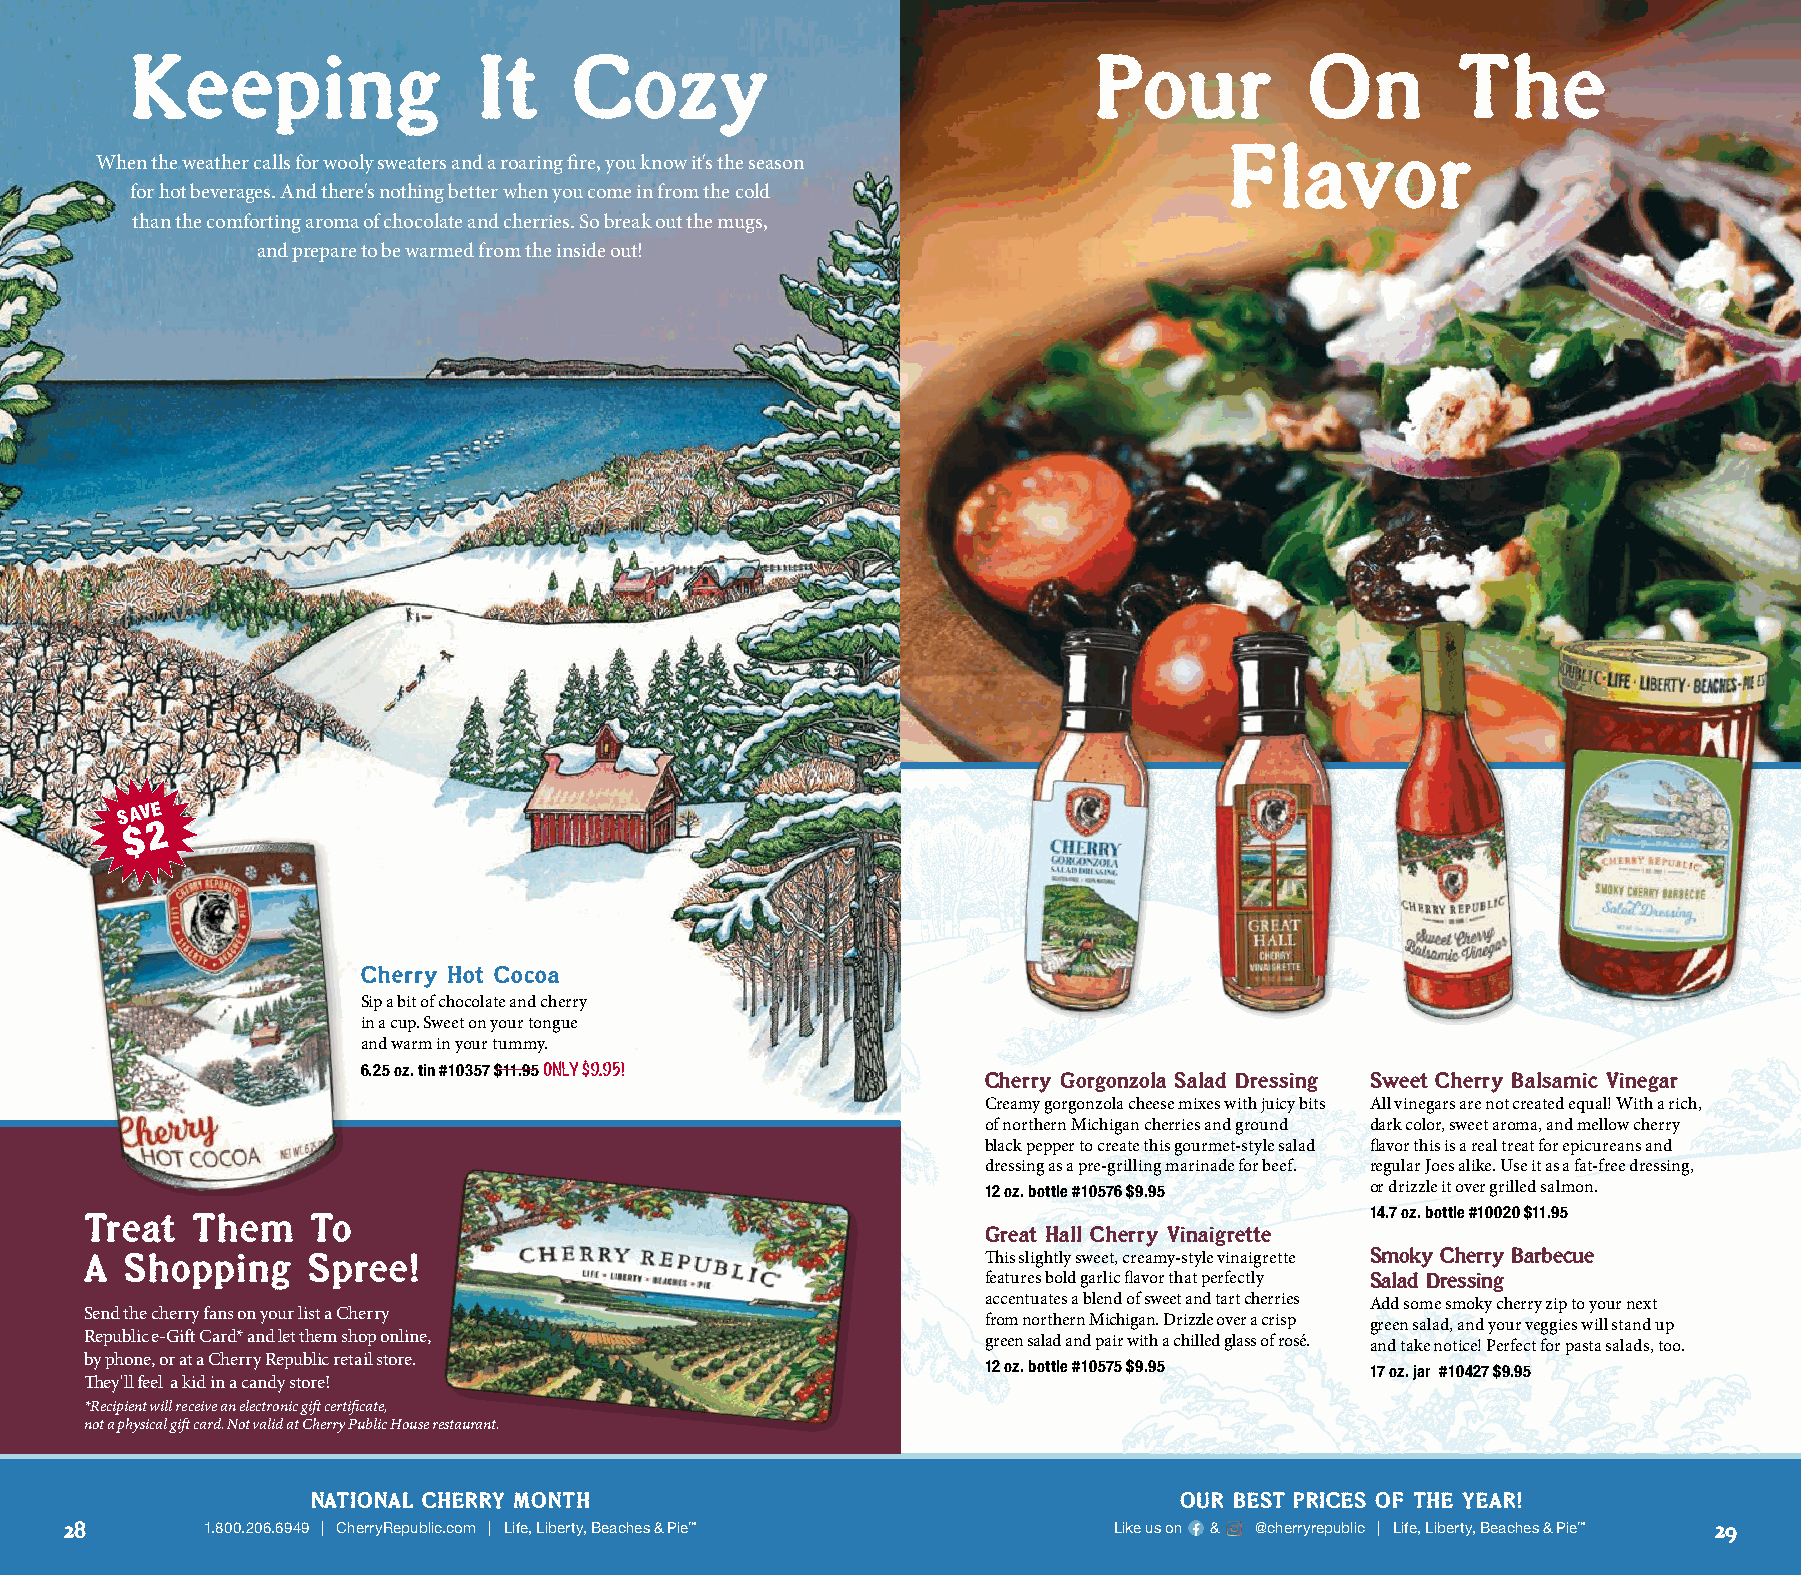
Keeping                It    Cozy                              Pour           On       The
 Flavor
 When the weather calls for wooly sweaters and a roaring fire, you know it's the season
 for hot beverages. And there's nothing better when you come in from the cold
 than the comforting aroma of chocolate and cherries. So break out the mugs,
 and prepare to be warmed from the inside out!
 SAVE
 $ 2
 Cherry Hot Cocoa
 Sip a bit of chocolate and cherry
 in a cup. Sweet on your tongue
 and warm in your tummy.
 6.25 oz. tin #10357 $11.95 ONLY $9.95!   Cherry Gorgonzola Salad Dressing Sweet Cherry Balsamic Vinegar
 Creamy gorgonzola cheese mixes with juicy bits All vinegars are not created equal! With a rich,
 of northern Michigan cherries and ground dark color, sweet aroma, and mellow cherry
 black pepper to create this gourmet-style salad flavor this is a real treat for epicureans and
 dressing as a pre-grilling marinade for beef. regular Joes alike. Use it as a fat-free dressing,
 12 oz. bottle #10576 $9.95 or drizzle it over grilled salmon.
 Treat  Them    To                                                                    14.7 oz. bottle #10020 $11.95
 Great Hall Cherry Vinaigrette
 A Shopping    Spree!                                       This slightly sweet, creamy-style vinaigrette Smoky Cherry Barbecue
 features bold garlic flavor that perfectly Salad Dressing
 accentuates a blend of sweet and tart cherries Add some smoky cherry zip to your next
 Send the cherry fans on your list a Cherry
 from northern Michigan. Drizzle over a crisp green salad, and your veggies will stand up
 Republic e-Gift Card* and let them shop online,            green salad and pair with a chilled glass of rosé. and take notice! Perfect for pasta salads, too.
 by phone, or at a Cherry Republic retail store.
 12 oz. bottle #10575 $9.95 17 oz. jar #10427 $9.95
 They'll feel a kid in a candy store!
 *Recipient will receive an electronic gift certificate,
 not a physical gift card. Not valid at Cherry Public House restaurant.
 NATIONAL CHERRY MONTH                                    OUR BEST PRICES OF THE YEAR!
 28        1.800.206.6949 | CherryRepublic.com | Life, Liberty, Beaches & Pie™ Like us on & @cherryrepublic | Life, Liberty, Beaches & Pie™ 29